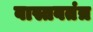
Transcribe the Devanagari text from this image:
वास्तवतंत्र